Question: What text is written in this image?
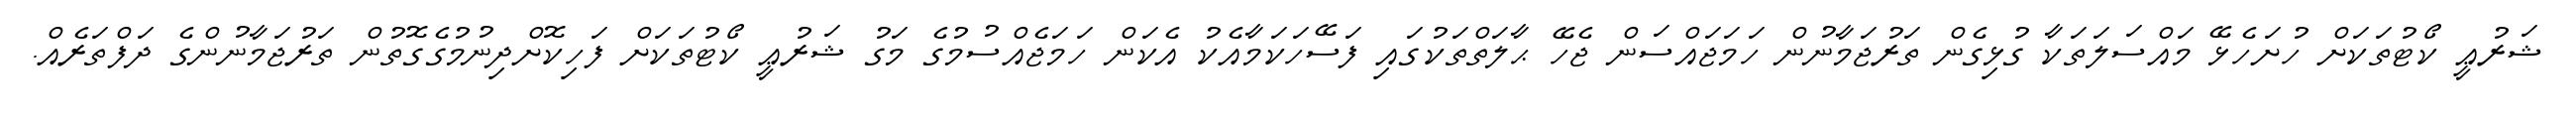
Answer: ޝަރުޢީ ކޯޓުތަކަށް ހުށަހެޅޭ މައްސަލަތަކާ ގުޅިގެން ތަރުޖަމާނުން ހަމަޖައްސަން ޖެހޭ ޙާލަތްތަކުގައި ފަސޭހަކަމާއެކު އެކަން ހަމަޖެއްސުމުގެ މަގު ޝަރުޢީ ކޯޓުތަކަށް ފަހިކޮށްދިނުމުގެގޮތުން ތަރުޖަމާނުންގެ ދަފްތަރެއް.